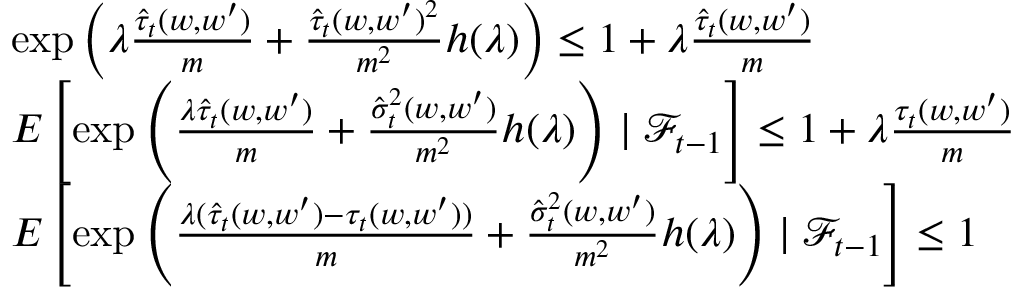
\begin{array} { r l } & { \exp \left( \lambda \frac { \hat { \tau } _ { t } ( w , w ^ { \prime } ) } { m } + \frac { \hat { \tau } _ { t } ( w , w ^ { \prime } ) ^ { 2 } } { m ^ { 2 } } h ( \lambda ) \right) \leq 1 + \lambda \frac { \hat { \tau } _ { t } ( w , w ^ { \prime } ) } { m } } \\ & { E \left[ \exp \left( \frac { \lambda \hat { \tau } _ { t } ( w , w ^ { \prime } ) } { m } + \frac { \hat { \sigma } _ { t } ^ { 2 } ( w , w ^ { \prime } ) } { m ^ { 2 } } h ( \lambda ) \right) \mid \mathcal { F } _ { t - 1 } \right] \leq 1 + \lambda \frac { \tau _ { t } ( w , w ^ { \prime } ) } { m } } \\ & { E \left[ \exp \left( \frac { \lambda ( \hat { \tau } _ { t } ( w , w ^ { \prime } ) - \tau _ { t } ( w , w ^ { \prime } ) ) } { m } + \frac { \hat { \sigma } _ { t } ^ { 2 } ( w , w ^ { \prime } ) } { m ^ { 2 } } h ( \lambda ) \right) \mid \mathcal { F } _ { t - 1 } \right] \leq 1 } \end{array}